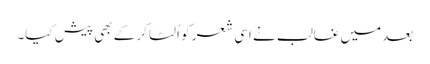
بعد میں غالب نے اسی شعر کو اُلٹا کر کے بھی پیش کیا۔